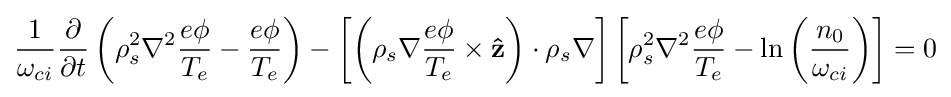
{\frac {1}{\omega _{ci}}}{\frac {\partial }{\partial t}}\left(\rho _{s}^{2}\nabla ^{2}{\frac {e\phi }{T_{e}}}-{\frac {e\phi }{T_{e}}}\right)-\left[\left(\rho _{s}\nabla {\frac {e\phi }{T_{e}}}\times \mathbf {\hat {z}} \right)\cdot \rho _{s}\nabla \right]\left[\rho _{s}^{2}\nabla ^{2}{\frac {e\phi }{T_{e}}}-\ln \left({\frac {n_{0}}{\omega _{ci}}}\right)\right]=0